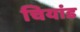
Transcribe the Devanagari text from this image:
चियांड